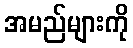
အမည်များကို